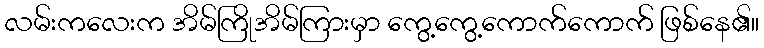
လမ်းကလေးက အိမ်ကြိုအိမ်ကြားမှာ ကွေ့ကွေ့ကောက်ကောက် ဖြစ်နေ၏။